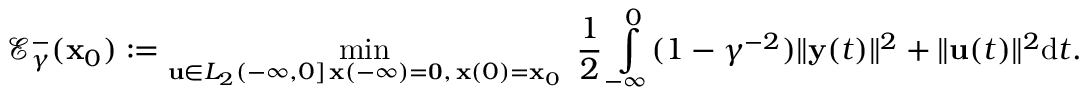
\mathcal { E } _ { \gamma } ^ { - } ( \mathbf { x } _ { 0 } ) : = \operatorname* { m i n } _ { \substack { \mathbf { u } \in L _ { 2 } ( - \infty , 0 ] \, \mathbf { x } ( - \infty ) = \mathbf { 0 } , \, \mathbf { x } ( 0 ) = \mathbf { x } _ { 0 } } } \ \frac { 1 } { 2 } \int \displaylimits _ { - \infty } ^ { 0 } ( 1 - \gamma ^ { - 2 } ) \Vert \mathbf { y } ( t ) \Vert ^ { 2 } + \Vert \mathbf { u } ( t ) \Vert ^ { 2 } \mathrm { { d } } t .